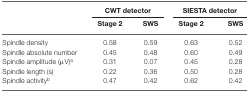
|  | <COLSPAN=2> CWT detector | <COLSPAN=2> SIESTA detector |
 |  | Stage 2 | SWS | Stage 2 | SWS |
 | --- | --- | --- | --- | --- |
 | Spindle density | 0.58 | 0.59 | 0.63 | 0.52 |
 | Spindle absolute number | 0.45 | 0.48 | 0.60 | 0.49 |
 | Spindle amplitude (μV)a | 0.31 | 0.07 | 0.45 | 0.28 |
 | Spindle length (s) | 0.22 | 0.36 | 0.50 | 0.28 |
 | Spindle activityb | 0.47 | 0.42 | 0.62 | 0.42 |